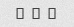
� � �